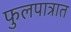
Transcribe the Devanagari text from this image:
फुलपात्रात